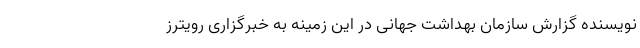
نویسنده گزارش سازمان بهداشت جهانی در این زمینه به خبرگزاری رویترز